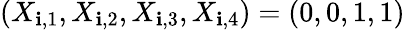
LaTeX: (X_{\mathbf{i},1},X_{\mathbf{i},2},X_{\mathbf{i},3},X_{\mathbf{i},4})=(0,0,1,1)